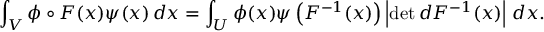
\int _ { V } \phi \circ F ( x ) \psi ( x ) \, d x = \int _ { U } \phi ( x ) \psi \left( F ^ { - 1 } ( x ) \right) \left| \operatorname* { d e t } d F ^ { - 1 } ( x ) \right| \, d x .